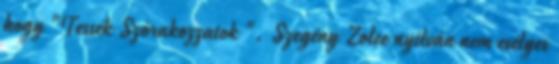
hogy "Tessék Szórakozzatok ". Szegény Zolee nyilván nem esélyes